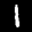
Label: 1